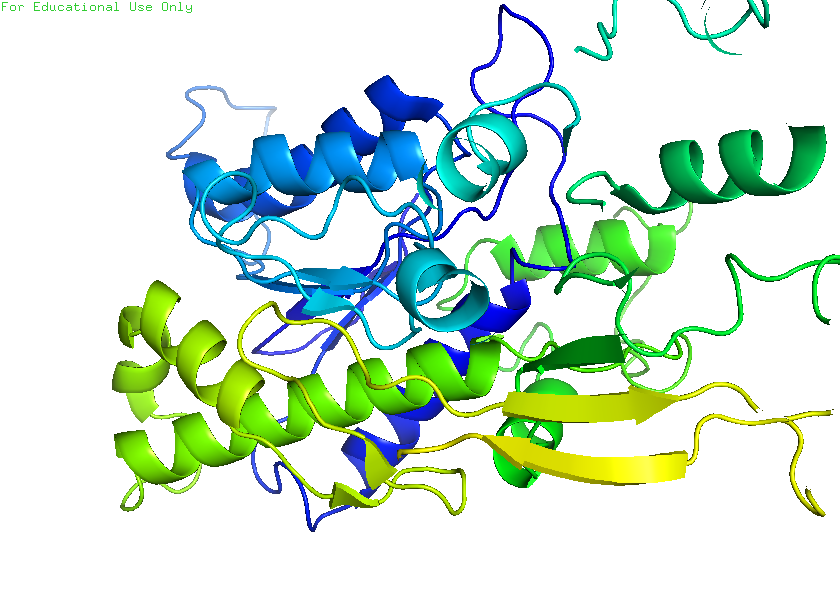
pymol, preset, pretty